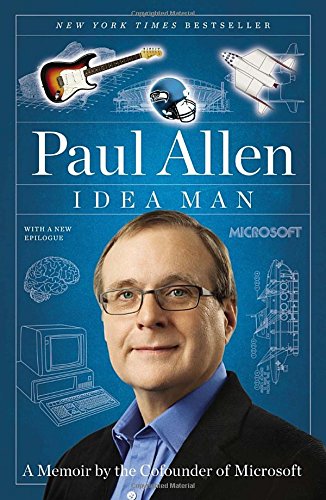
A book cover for Idea Man: A Memoir by the Cofounder of Microsoft; Paul Allen; Computers & Technology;